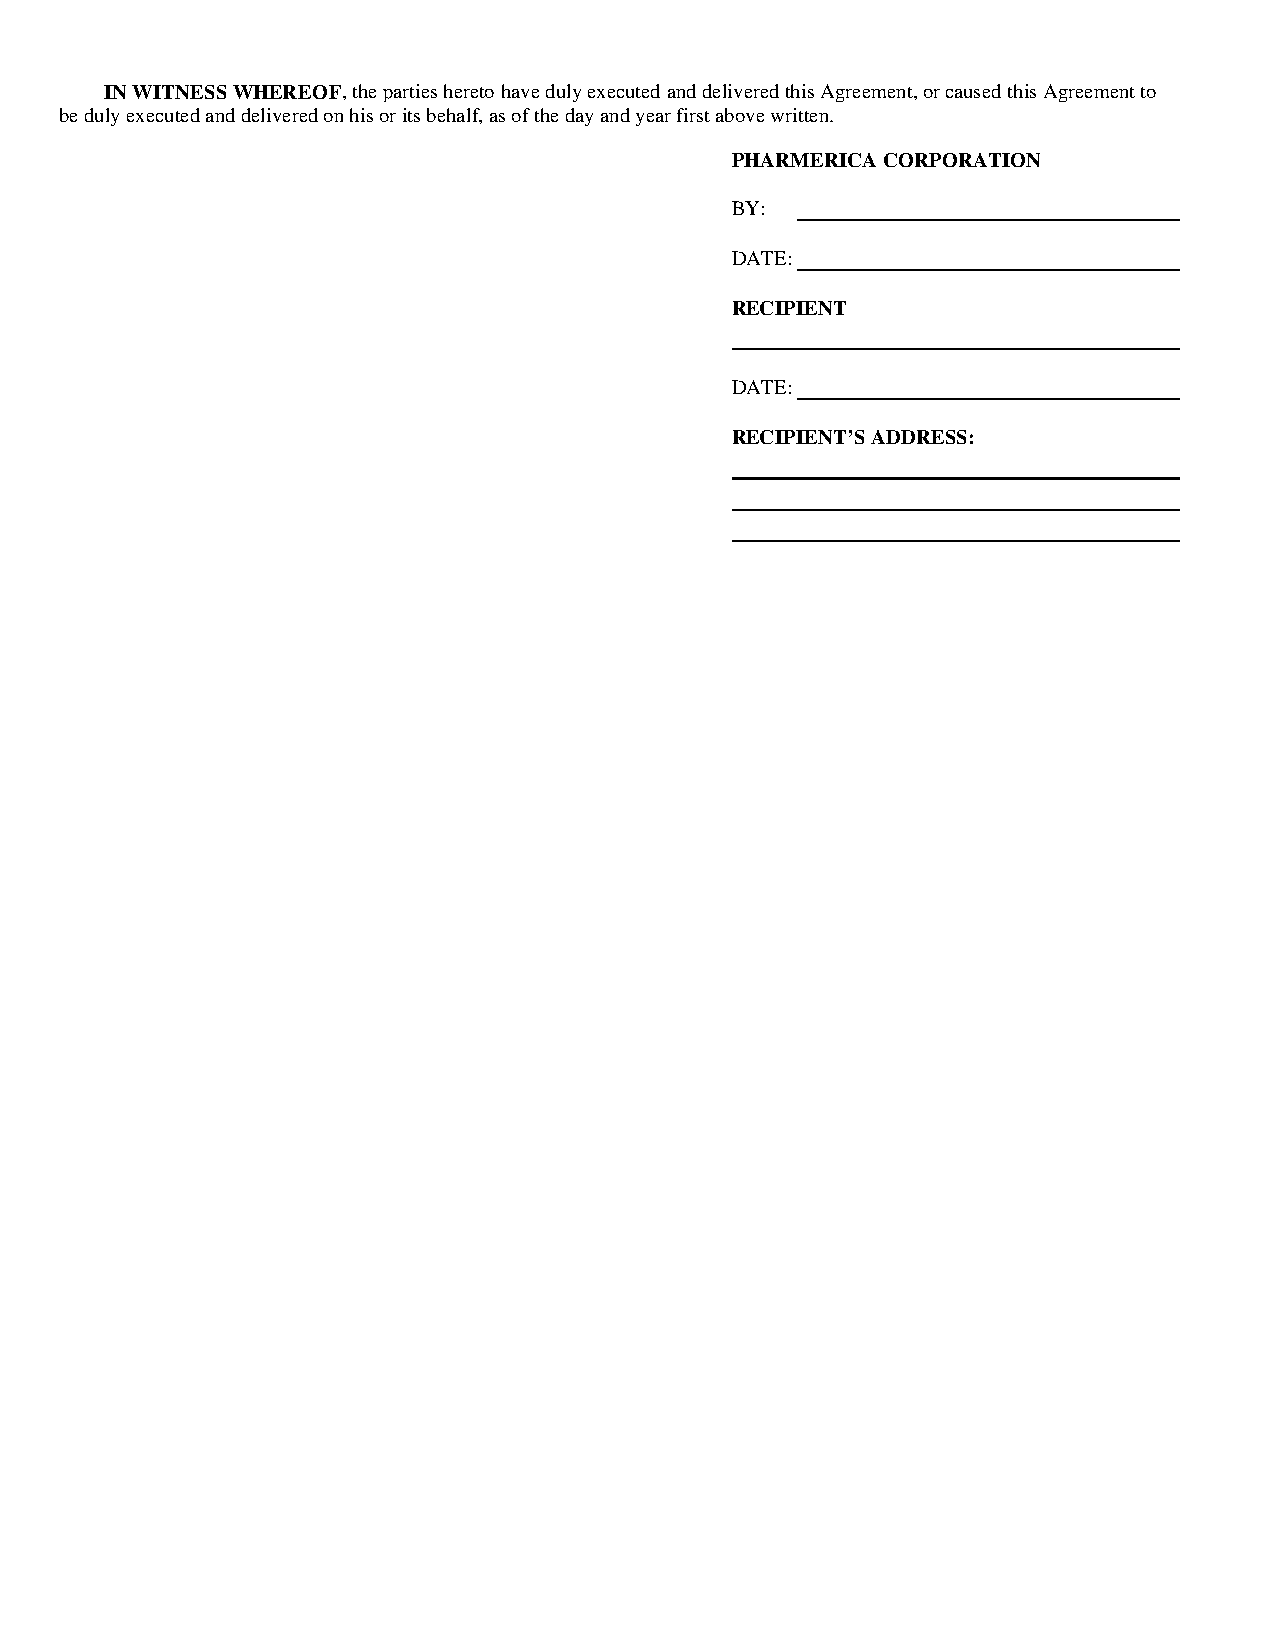
IN WITNESS WHEREOF, the parties hereto have duly executed and delivered this Agreement, or caused this Agreement to
 be duly executed and delivered on his or its behalf, as of the day and year first above written.
 PHARMERICA CORPORATION
 BY:
 DATE:
 RECIPIENT
 DATE:
 RECIPIENT’S ADDRESS: